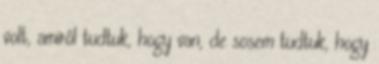
volt, amiről tudtuk, hogy van, de sosem tudtuk, hogy